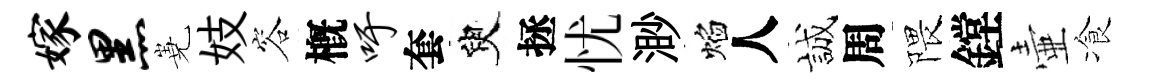
嫁黑嶤妓容槪吁套臾拯忧渺焰人誠周隈鏜壷飡